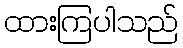
ထားကြပါသည်